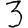
Digit: 3